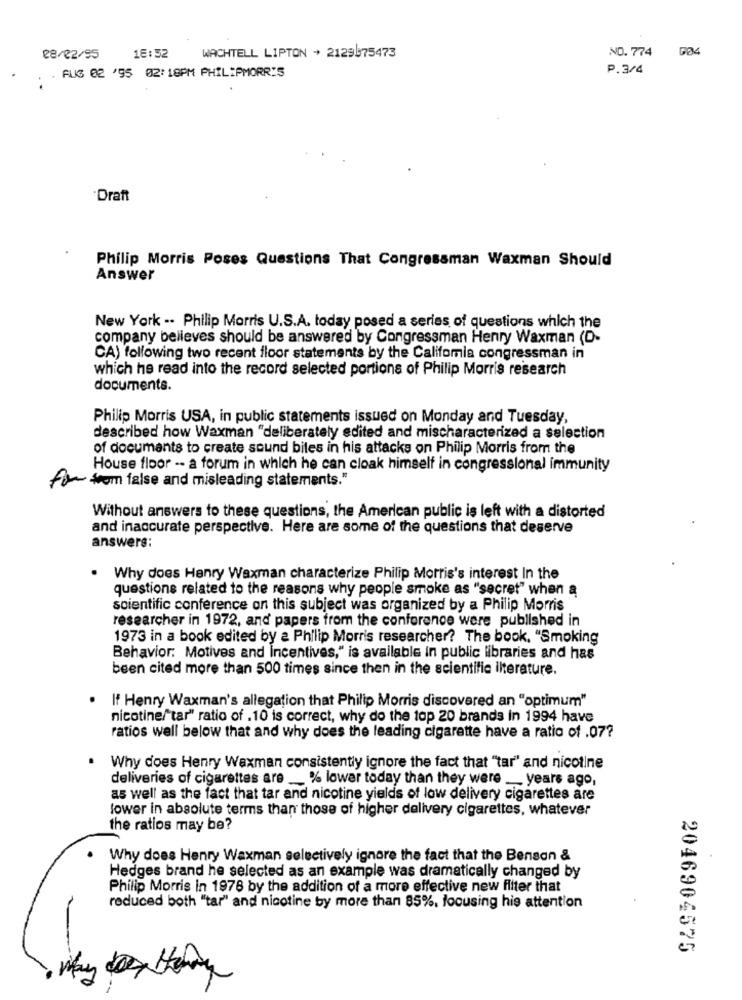
NO.774
28/02/95
16:52
WACHTELL LIPTON + 2129475473
P.3/4
. AUS 02 '95 02: 18PM PHILIPMORRIS
"Draft
Philip Morris Poses Questions That Congressman Waxman Should
Answer
New York -. Philip Morris U.S.A. today posed a series of questions which the
company believes should be answered by Congressman Henry Waxman (D-
CA) following two recent floor statements by the Califomia congressman in
which he read into the record selected portions of Philip Morris research
documents.
Philip Morris USA, in public statements issued on Monday and Tuesday,
described how Waxman "deliberately edited and mischaracterized a selection
of documents to create sound bites in his attacks on Philip Morris from the
House floor -- a forum in which he can cloak himself in congressional immunity
+ wom false and misleading statements."
Without answers to these questions, the American public is left with a distorted
and inaccurate perspective. Here are some of the questions that deserve
answers:
. Why does Henry Waxman characterize Philip Morris's interest In the
questions related to the reasons why people smoke as "secret" when a
scientific conference on this subject was organized by a Philip Morris
researcher in 1972, and papers from the conference were published in
1973 in a book edited by a Philip Morris researcher? The book, "Smoking
Behavior: Motives and incentives," is available in public libraries and has
been cited more than 500 times since then in the scientific ilterature.
If Henry Waxman's allegation that Philip Morris discovered an "optimum"
nicotine/ tar" ratio of . 10 is correct, why do the top 20 brands in 1994 have
ratios well below that and why does the leading cigarette have a ratio of .07?
Why does Henry Waxman consistently ignore the fact that "tar" and nicotine
deliveries of cigarettes are __ % lower today than they were __ years ago,
as well as the fact that tar and nicotine yields of low delivery cigarettes are
lower in absolute terms than those of higher delivery cigarettes, whatever
the ratios may be?
Why does Henry Waxman selectively ignore the fact that the Benson &
Hedges brand he selected as an example was dramatically changed by
Philip Morris in 1978 by the addition of a more effective new filter that
reduced both "tar" and nicotine by more than 85%, focusing his attention
2046904575